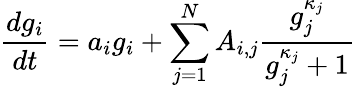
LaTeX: \frac{dg_{i}}{dt}=a_{i}g_{i}+\sum_{j=1}^{N}A_{i,j}\frac{g_{j}^{\kappa_{j}}}{g_{j}^{\kappa_{j}}+1}